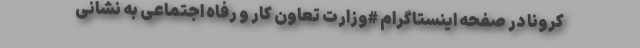
کرونا در صفحه اینستاگرام #وزارت تعاون کار و رفاه اجتماعی به نشانی